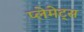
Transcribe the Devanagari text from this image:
प्लेमेट्स